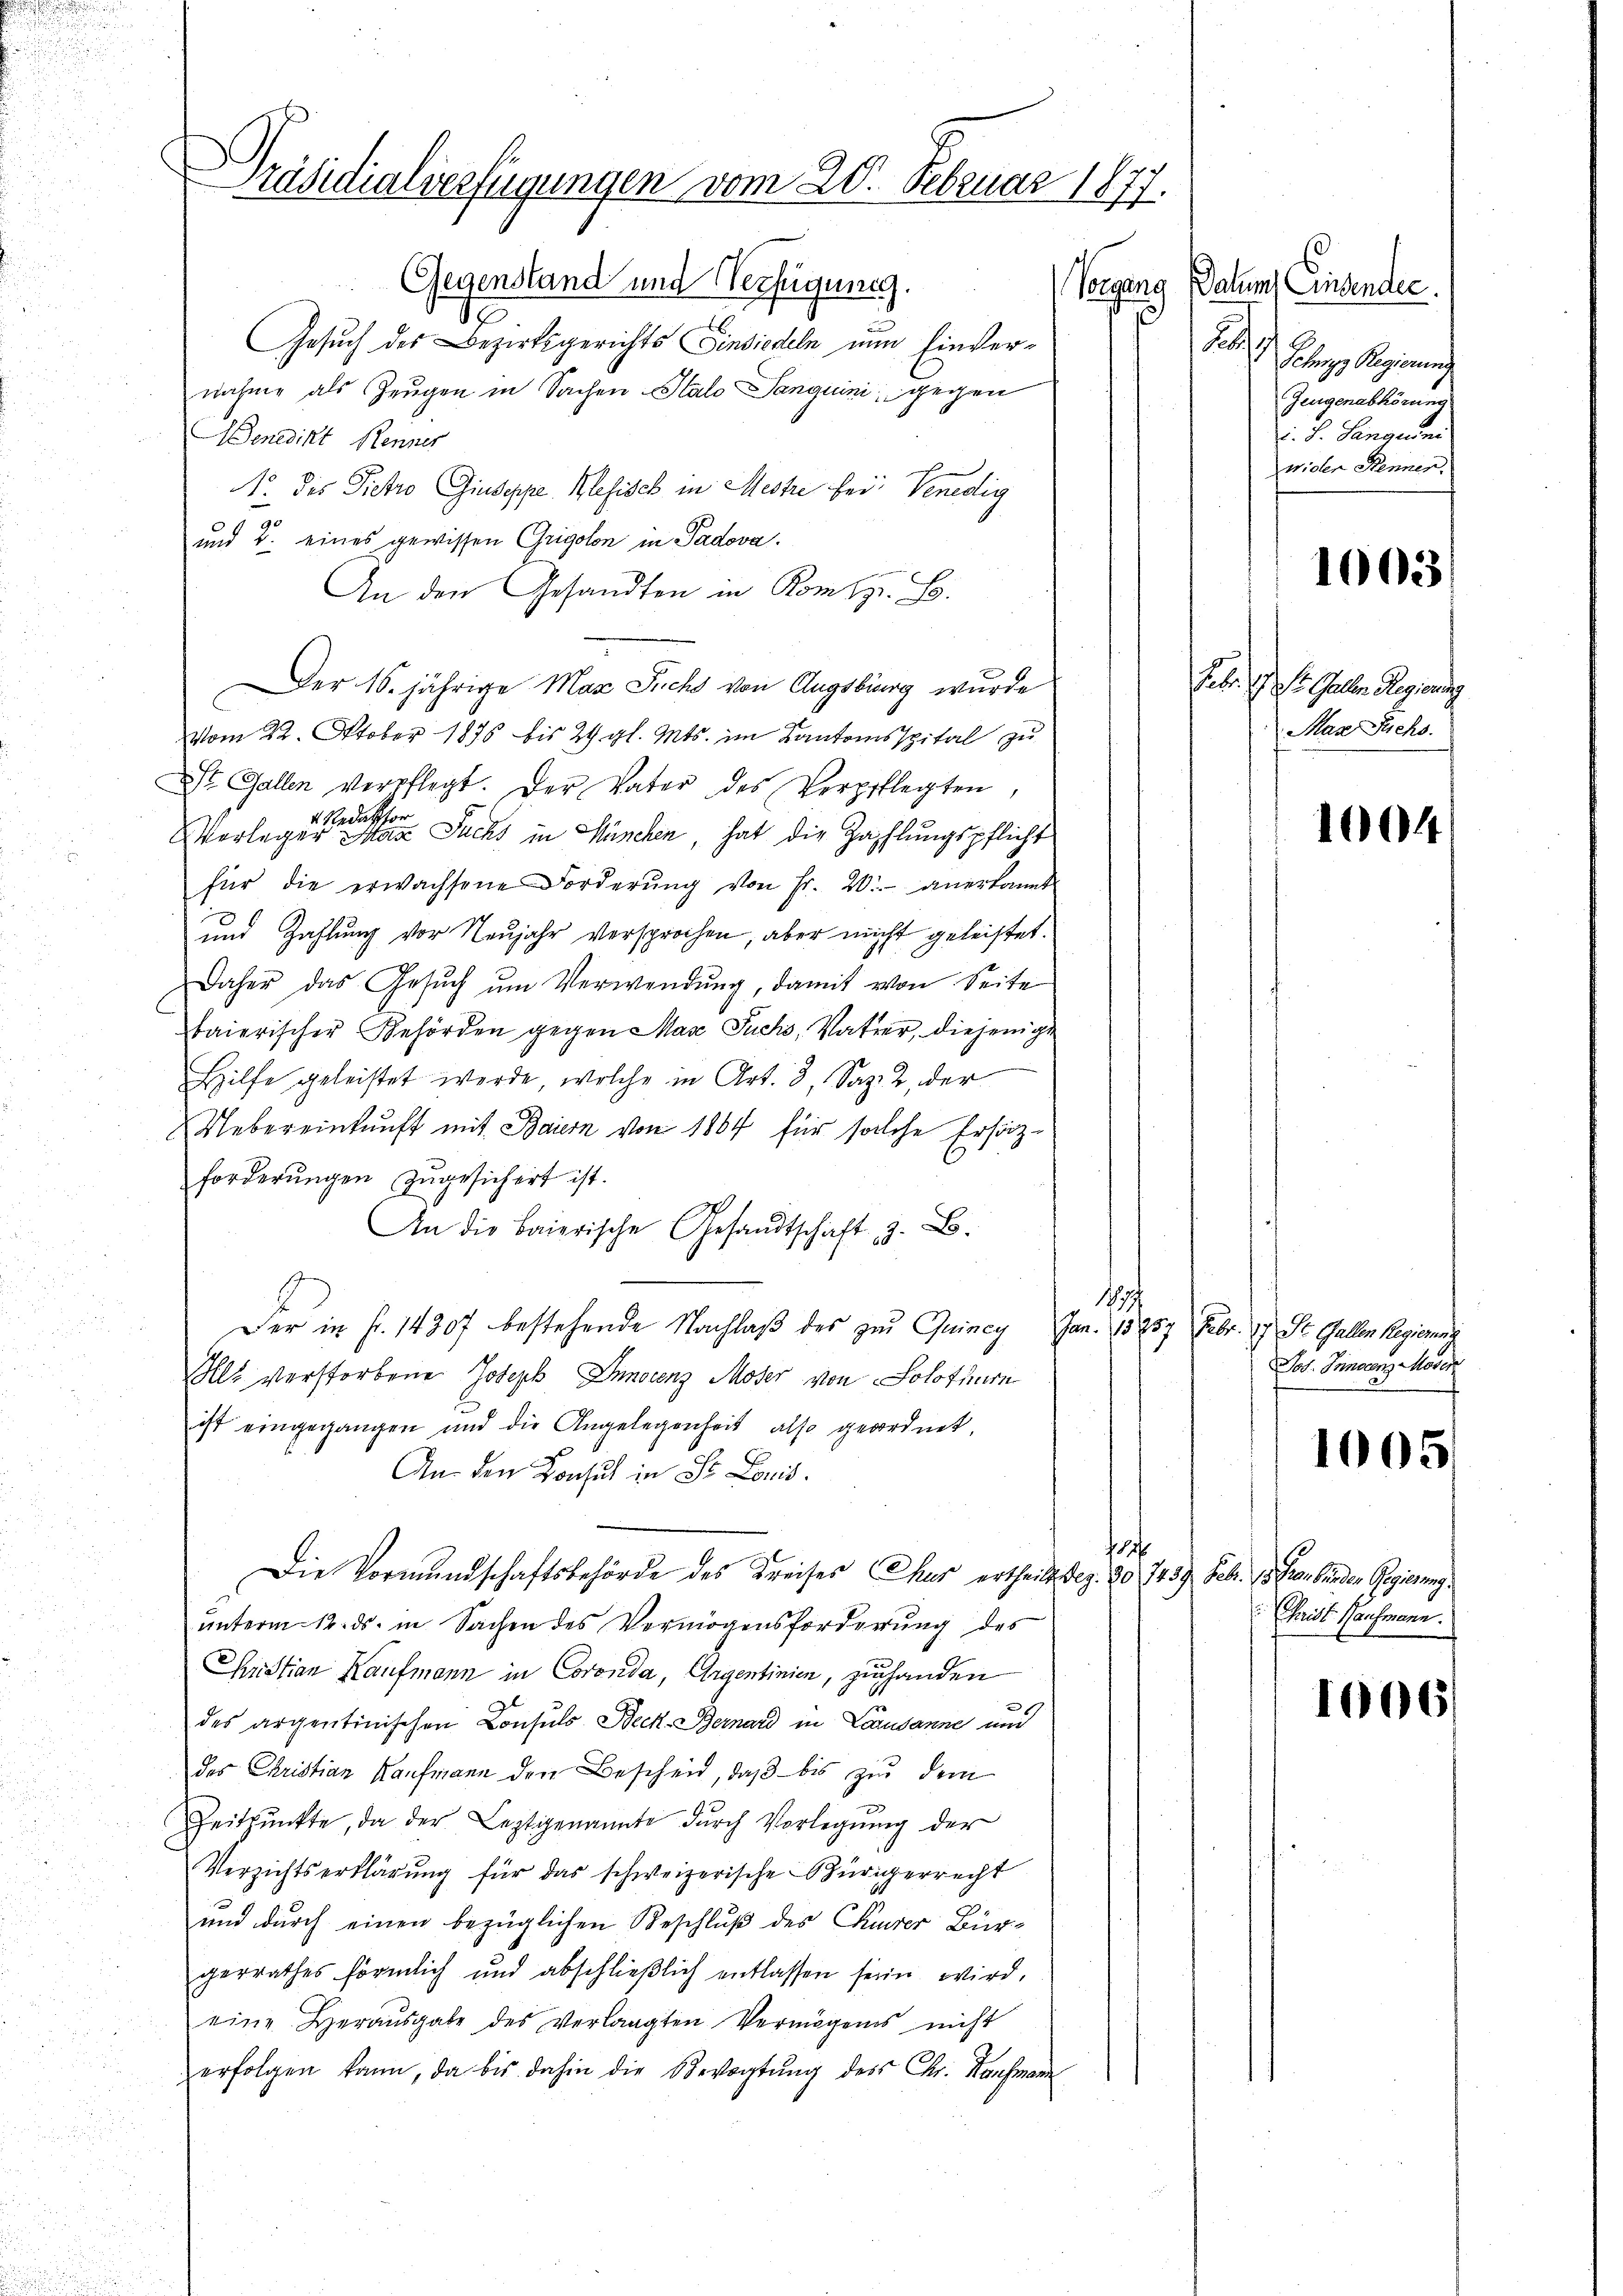
Präsidialierfügungen vom 20. Februar 1877.

Gegenstand und Verfügung.
Vorgang
x
Gesuch des Bezirksgerichts Einsiedeln nun Einvernahme als Zeugen in Sachen Stalo Sanguini; gegen
enedikt Renner
No. des Pietro Giuseppe, Mesisch in Meste bei: Venedig
90
und 4. eines gewissen Grigolon in Padova.
An den Gesandten in Kom z. B.
Der 16. jährige Max Fuchs von Augsburg wurde
vom 22. Oktober 1876 bis 24. gl. Mts. im Kantonsspital zu
St. Gallen verpflegt. Der Vater des Verpflegten,
v. Redaktion
Verleger Max Fuchs in München, hat die Zahlungspflicht
für die erwachsene Forderŭng von Fr. 20. anerkannt
und Zahlung vor Neujahr versprochen, aber nicht geleistet.
Daher das Gesŭch ŭm Verwendŭng, damit von Seite
baierischer Behörden gegen Max Fuchs, Vater, diejenige
Hilfe geleistet werde, welche in Art. 3, Saz. 2, der
Uebereinkunft mit Baiern von 1804 für solche Erhörzforderungen zugesichert ist.
An die Baierische Gesandtschaft z. B.
137
Der in fr. 14307 bestehende Nachlaß des zu Quincy
Ils verstorbene Joseph Innerenz Moser von Solothur
ist eingegangen und die Angelegenheit also geordnet,
An den Konsul in St. Louis
1
Die Vormundschaftsbehörde des Kreises Chur ertheilt, dez. 20. 7439. Febr. 1) Graubünden Regierung
ŭnterm 12. ds. in Sachen des Vermögensforderung des
Pristian Kaufmann in Coronda, Argentinien, zu handen
des argentinischen Consuls Beck. Bernard in Lausanne und
des Christian Kaufmann den Bescheid, daβ bis zu dem
Zeitpunkte, da der Leztgenannte dŭrch Vorlegŭng der
Verzichtserklärŭng für das schweizerische Bürgerrecht
und durch einen bezüglichen Beschluß des Currer Bürgerrathes förmlich und abschlieβlich entlassen seien wird,
eine Heraŭsgabe des verlangten Vermögens nicht
erfolgen kann, da bis dahin die Bevogtŭng des Chr. Nachmann

Datum Einsendec
A
Schwyz Regierung
Zeugenabhörung
i. S. Sangeni
wider Kenner,

1003

Febr. J. St. Galler Regierung
Max Puchs.

1004

Jan. 15257 Febr. 17 St. Gallen Regieru
Jos. Innocenz Moser.

1005

Christ Hausmann.

1006/